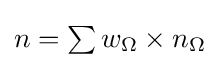
{\textstyle n=\sum w_{\Omega }\times n_{\Omega }}